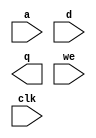
(* blackbox = 1 *)
module spblock_512w64b8w(input [8:0] a,
			 input [63:0] d,
			 output [63:0] q,
			 input [7:0] we,
			 input clk);
endmodule // SPBlock_512W64B8W